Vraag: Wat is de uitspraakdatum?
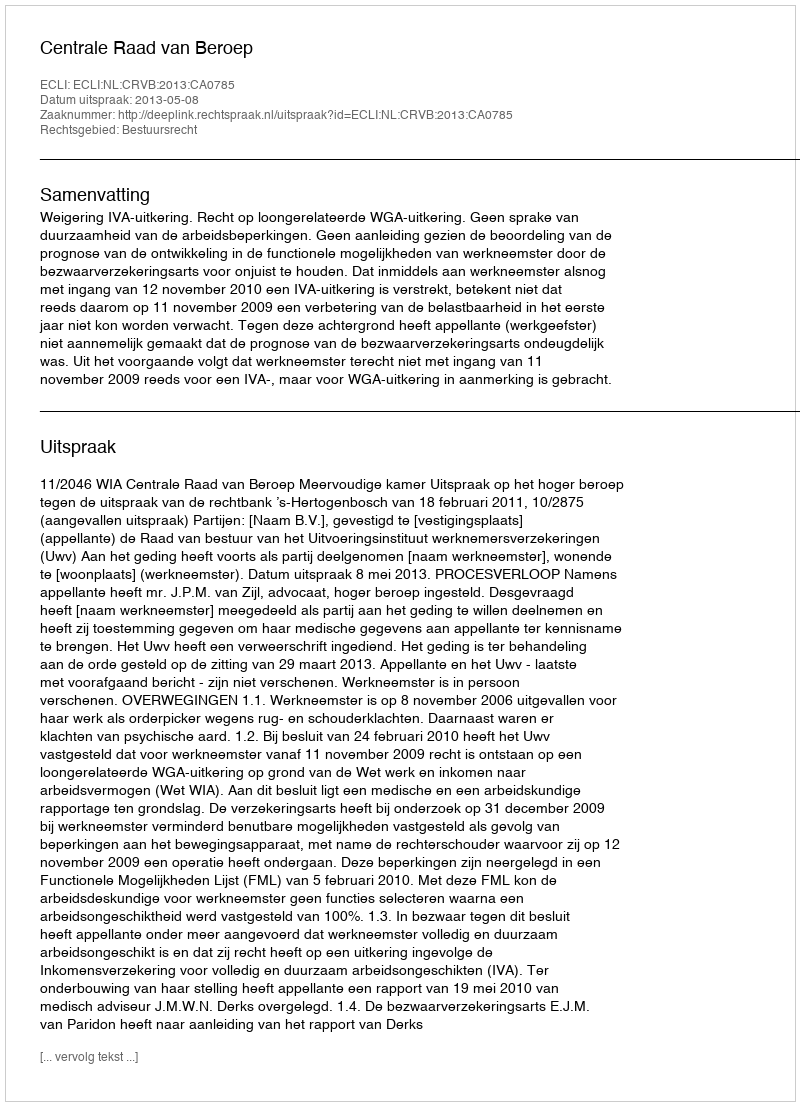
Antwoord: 2013-05-08